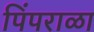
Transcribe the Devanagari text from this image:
पिंपराळा